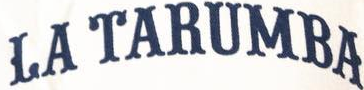
LA TARUMBA